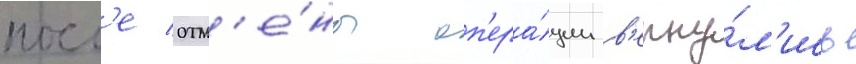
посл'е отм'е́ны оп'ера́ции в'ерну́л'ись